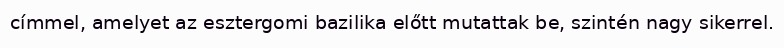
címmel, amelyet az esztergomi bazilika előtt mutattak be, szintén nagy sikerrel.